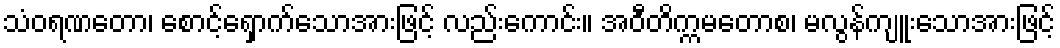
သံဝရဏတော၊ စောင့်ရှောက်သောအားဖြင့် လည်းကောင်း။ အဝီတိက္ကမတောစ၊ မလွန်ကျူးသောအားဖြင့်